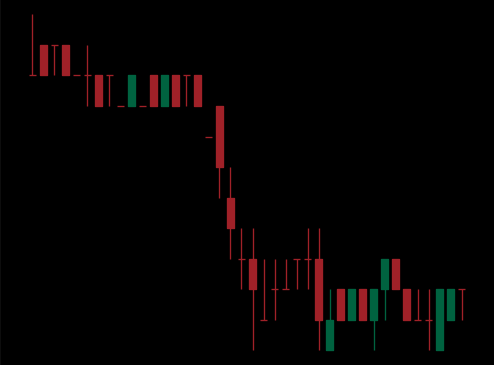
Pattern: bull_flag